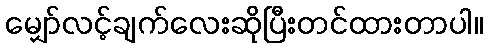
မျှော်လင့်ချက်လေးဆိုပြီးတင်ထားတာပါ။